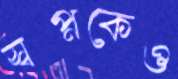
স্বপ্নকেও